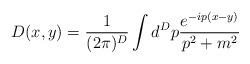
LaTeX: \begin{align*}D(x,y)=\frac{1}{(2\pi)^D}\int d ^Dp\frac{e^{-ip(x-y)}}{p^2+m^2}\end{align*}